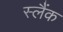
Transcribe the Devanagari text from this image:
स्लैंक